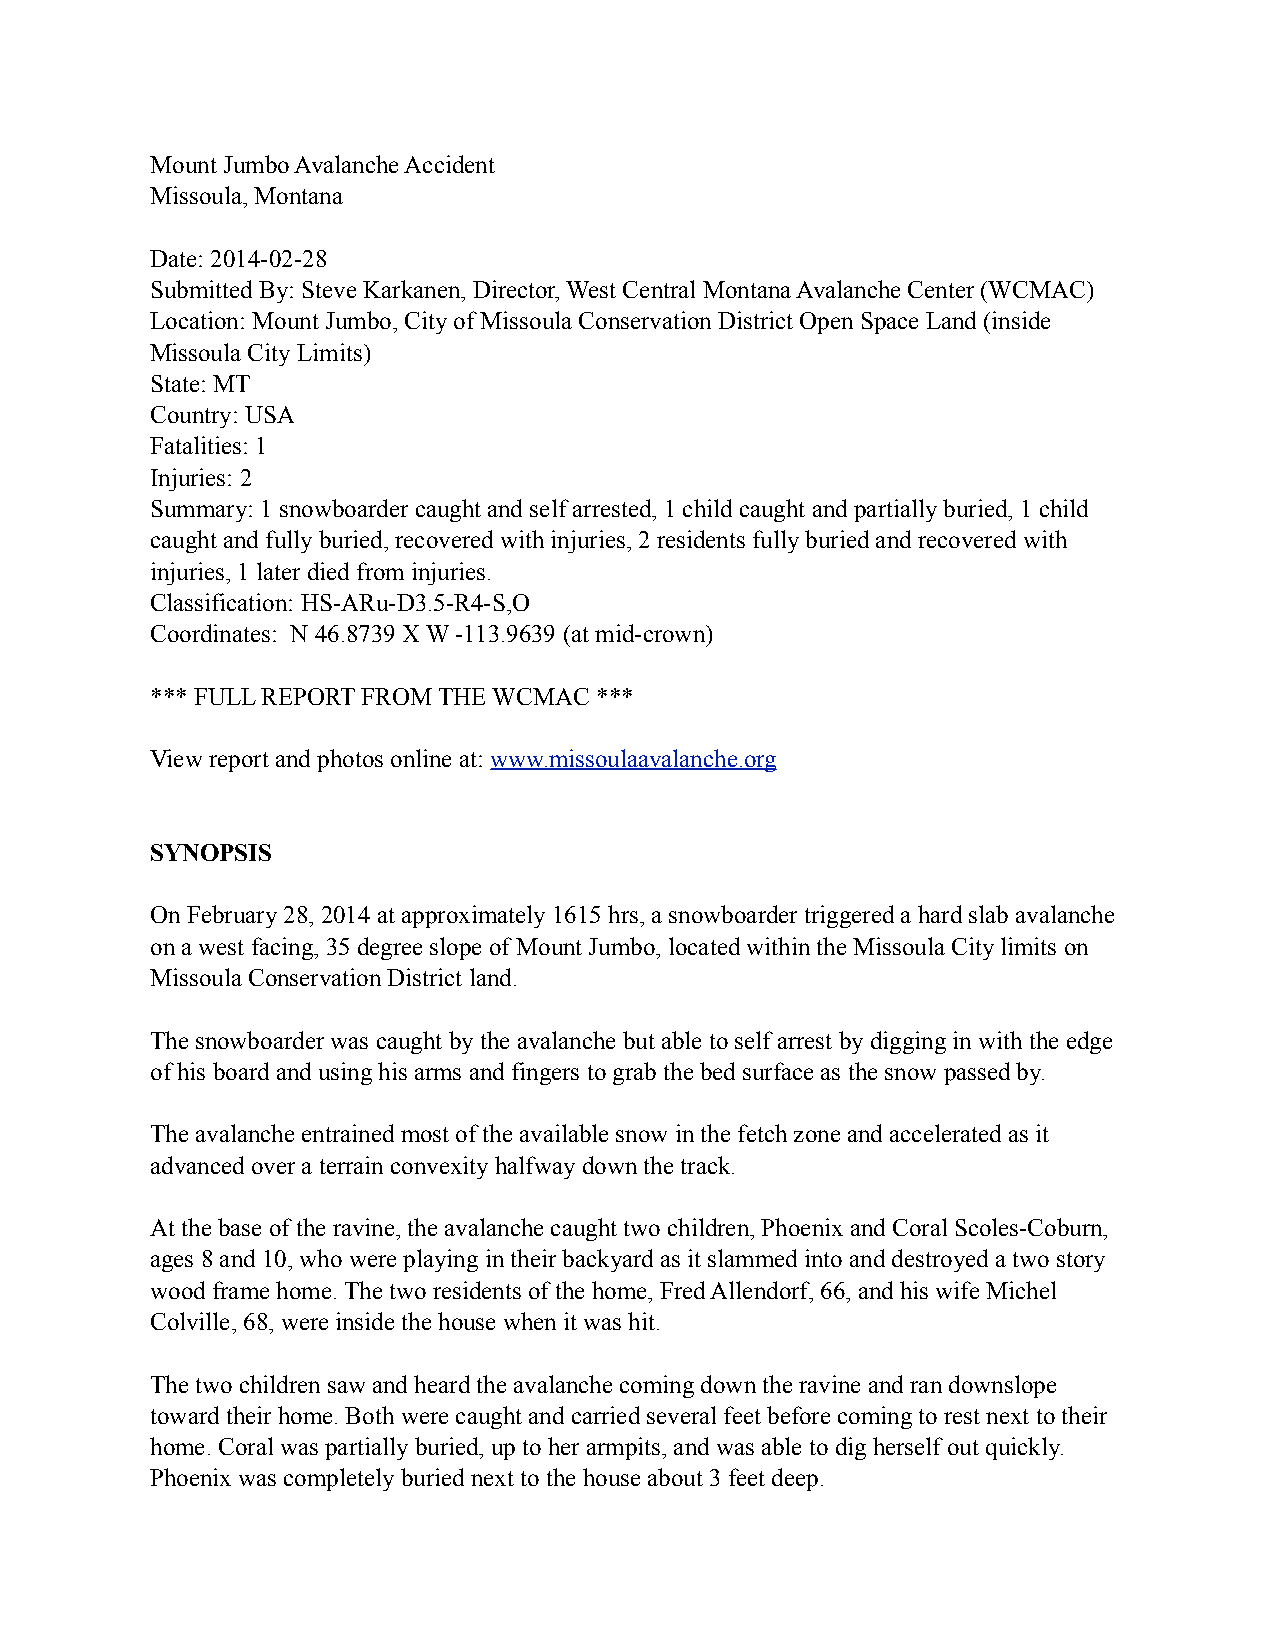
Mount Jumbo Avalanche Accident
 Missoula, Montana
 Date: 2014-02-28
 Submitted By: Steve Karkanen, Director, West Central Montana Avalanche Center (WCMAC)
 Location: Mount Jumbo, City of Missoula Conservation District Open Space Land (inside
 Missoula City Limits)
 State: MT
 Country: USA
 Fatalities: 1
 Injuries: 2
 Summary: 1 snowboarder caught and self arrested, 1 child caught and partially buried, 1 child
 caught and fully buried, recovered with injuries, 2 residents fully buried and recovered with
 injuries, 1 later died from injuries.
 Classification: HS-ARu-D3.5-R4-S,O
 Coordinates: N 46.8739 X W -113.9639 (at mid-crown)
 *** FULL REPORT FROM THE WCMAC ***
 View report and photos online at: www.missoulaavalanche.org
 SYNOPSIS
 On February 28, 2014 at approximately 1615 hrs, a snowboarder triggered a hard slab avalanche
 on a west facing, 35 degree slope of Mount Jumbo, located within the Missoula City limits on
 Missoula Conservation District land.
 The snowboarder was caught by the avalanche but able to self arrest by digging in with the edge
 of his board and using his arms and fingers to grab the bed surface as the snow passed by.
 The avalanche entrained most of the available snow in the fetch zone and accelerated as it
 advanced over a terrain convexity halfway down the track.
 At the base of the ravine, the avalanche caught two children, Phoenix and Coral Scoles-Coburn,
 ages 8 and 10, who were playing in their backyard as it slammed into and destroyed a two story
 wood frame home. The two residents of the home, Fred Allendorf, 66, and his wife Michel
 Colville, 68, were inside the house when it was hit.
 The two children saw and heard the avalanche coming down the ravine and ran downslope
 toward their home. Both were caught and carried several feet before coming to rest next to their
 home. Coral was partially buried, up to her armpits, and was able to dig herself out quickly.
 Phoenix was completely buried next to the house about 3 feet deep.